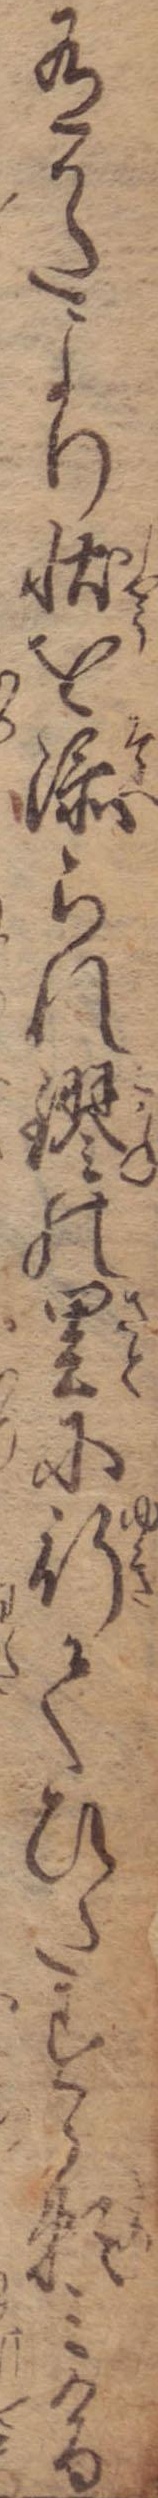
有かたより状を添られ鏐の里に行てひたすら頼みける